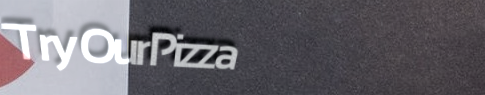
TryOurPizza